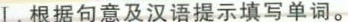
Ⅰ.根据句意及汉语提示填写单词。